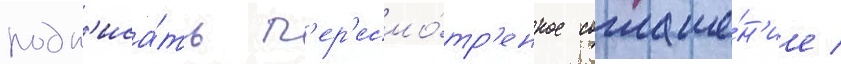
подп'иса́ть п'ер'есмо́тр'енное соглаше́н'ие /